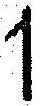
1